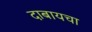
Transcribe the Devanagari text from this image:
दाबायचा